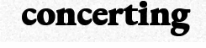
concerting